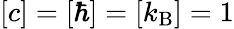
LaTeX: [c]=[\hbar]=[k_{\mathrm{B}}]=1